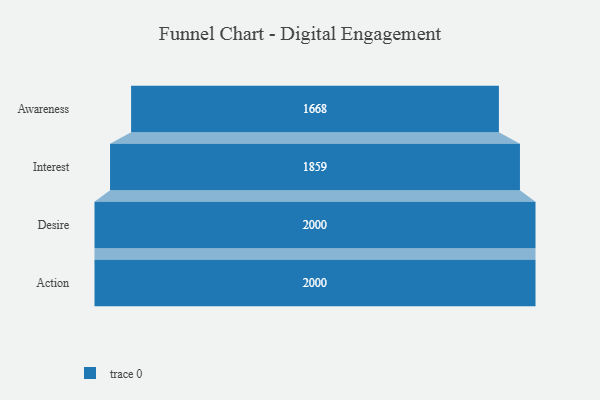
{"axis": {"x": "Stage", "y": "Value"}, "legend": [""], "data": [{"x": "Awareness", "y": 1668.0, "type": ""}, {"x": "Interest", "y": 1859.0, "type": ""}, {"x": "Desire", "y": 2000, "type": ""}, {"x": "Action", "y": 2000, "type": ""}]}